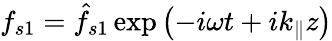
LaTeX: f_{s1}=\hat{f}_{s1}\exp\left(-i\omega t+ik_{\parallel}z\right)